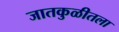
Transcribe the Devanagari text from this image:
जातकुळीतला